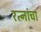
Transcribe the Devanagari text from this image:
रत्नांचा